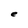
Character: e